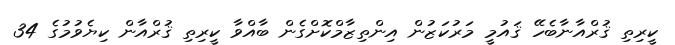
ކީރިތި ޤުރްއާނާބެހޭ ޤައުމީ މަރުކަޒުން އިންތިޒާމްކޮށްގެން ބާއްވާ ކީރިތި ޤުރްއާން ކިޔެވުމުގެ 34